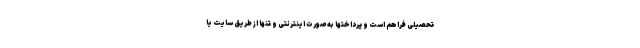
تحصیلی فراهم است و پرداختها به صورت اینترنتی و تنها از طریق سایت یا